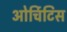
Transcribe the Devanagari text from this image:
ओर्चिटिस